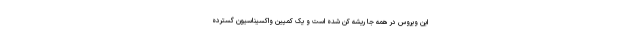
این ویروس در همه جا ریشه کن شده است و یک کمپین واکسیناسیون گسترده